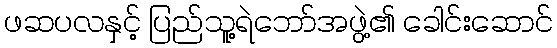
ဖဆပလနှင့် ပြည်သူ့ရဲဘော်အဖွဲ့၏ ခေါင်းဆောင်